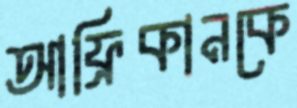
আফ্রিকানকে